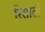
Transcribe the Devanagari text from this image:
रिसाती